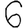
Digit: 6